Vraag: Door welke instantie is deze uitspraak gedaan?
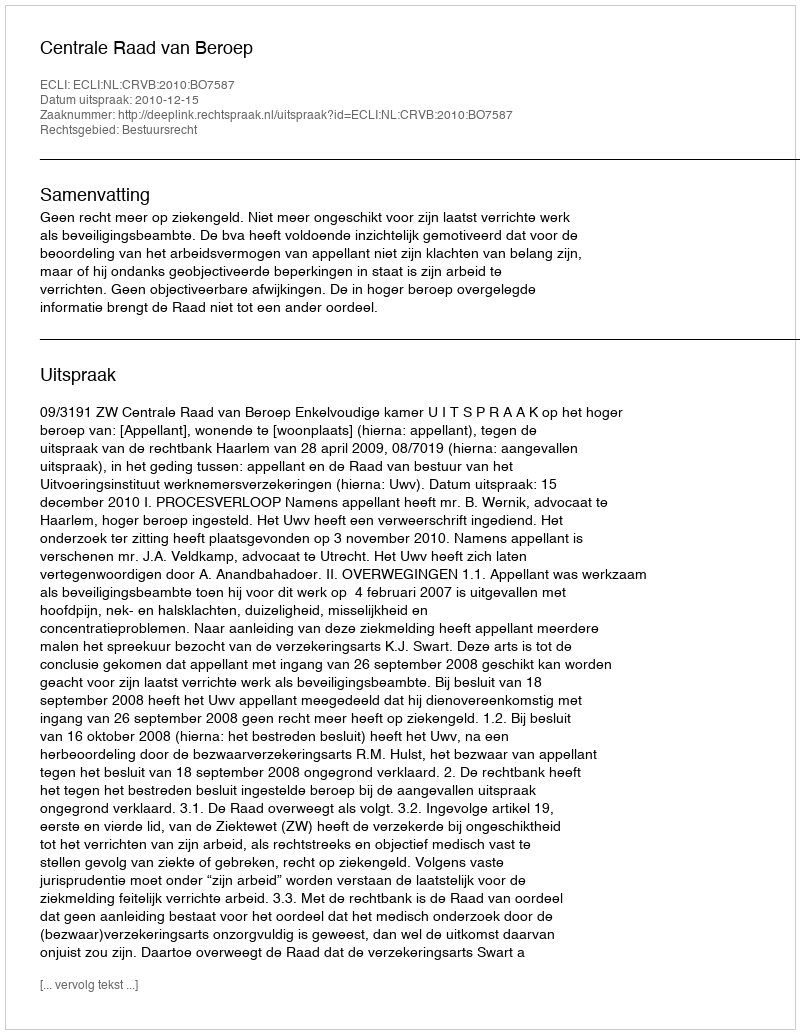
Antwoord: Centrale Raad van Beroep